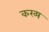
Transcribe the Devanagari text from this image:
कख्ष